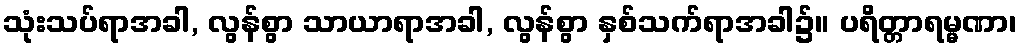
သုံးသပ်ရာအခါ, လွန်စွာ သာယာရာအခါ, လွန်စွာ နှစ်သက်ရာအခါ၌။ ပရိတ္တာရမ္မဏာ၊